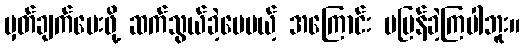
မှတ်ချက်ပေးဖို့ ဆက်သွယ်ခဲ့ပေမယ့် အကြောင်း မပြန်ခဲ့ကြပါဘူး။